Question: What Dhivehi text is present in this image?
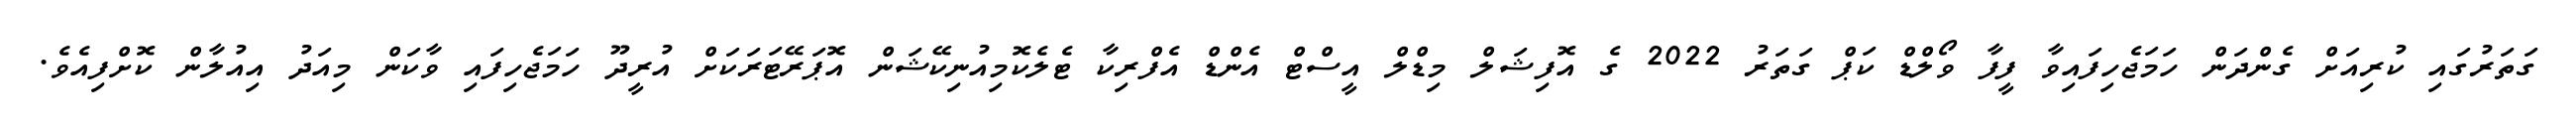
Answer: ގަތަރުގައި ކުރިއަށް ގެންދަން ހަމަޖެހިފައިވާ ފީފާ ވޯލްޑް ކަޕް ގަތަރު 2022 ގެ އޮފިޝަލް މިޑްލް އީސްޓް އެންޑް އެފްރިކާ ޓެލެކޮމިއުނިކޭޝަން އޮޕަރޭޓަރަކަށް އުރީދޫ ހަމަޖެހިފައި ވާކަން މިއަދު އިއުލާން ކޮށްފިއެވެ.